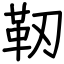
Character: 靭